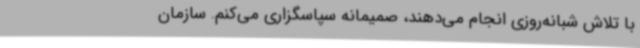
با تلاش شبانه‌روزی انجام می‌دهند، صمیمانه سپاسگزاری می‌کنم. سازمان